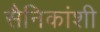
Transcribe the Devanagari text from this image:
सैनिकांशी